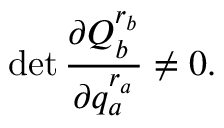
\operatorname * { d e t } \frac { \partial Q _ { b } ^ { r _ { b } } } { \partial q _ { a } ^ { r _ { a } } } \neq 0 .